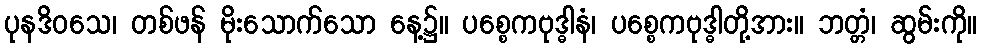
ပုနဒိဝသေ၊ တစ်ဖန် မိုးသောက်သော နေ့၌။ ပစ္စေကဗုဒ္ဓါနံ၊ ပစ္စေကဗုဒ္ဓါတို့အား။ ဘတ္တံ၊ ဆွမ်းကို။